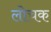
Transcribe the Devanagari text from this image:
लोचक